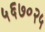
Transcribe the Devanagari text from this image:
५६७०२५